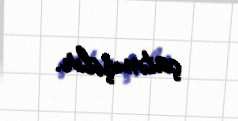
çatmışdır.